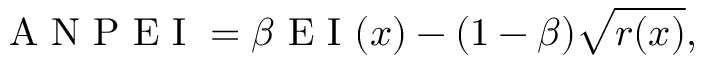
\mathrm { ~ A ~ N ~ P ~ E ~ I ~ } = \beta \mathrm { ~ E ~ I ~ } ( \boldsymbol { x } ) - ( 1 - \beta ) \sqrt { r ( \boldsymbol { x } ) } ,